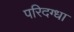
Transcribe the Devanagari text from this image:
परिदग्धा